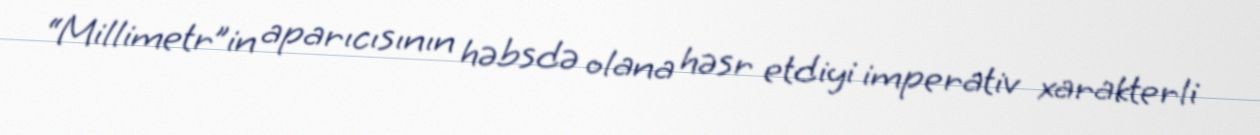
“Millimetr”in aparıcısının həbsdə olana həsr etdiyi imperativ xarakterli